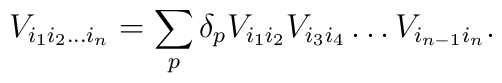
V_{i_1i_2\ldots i_n}=\sum_p\delta_p V_{i_1i_2}V_{i_3i_4}\ldots V_{i_{n-1}i_n}.